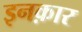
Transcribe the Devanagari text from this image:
इनक़ार